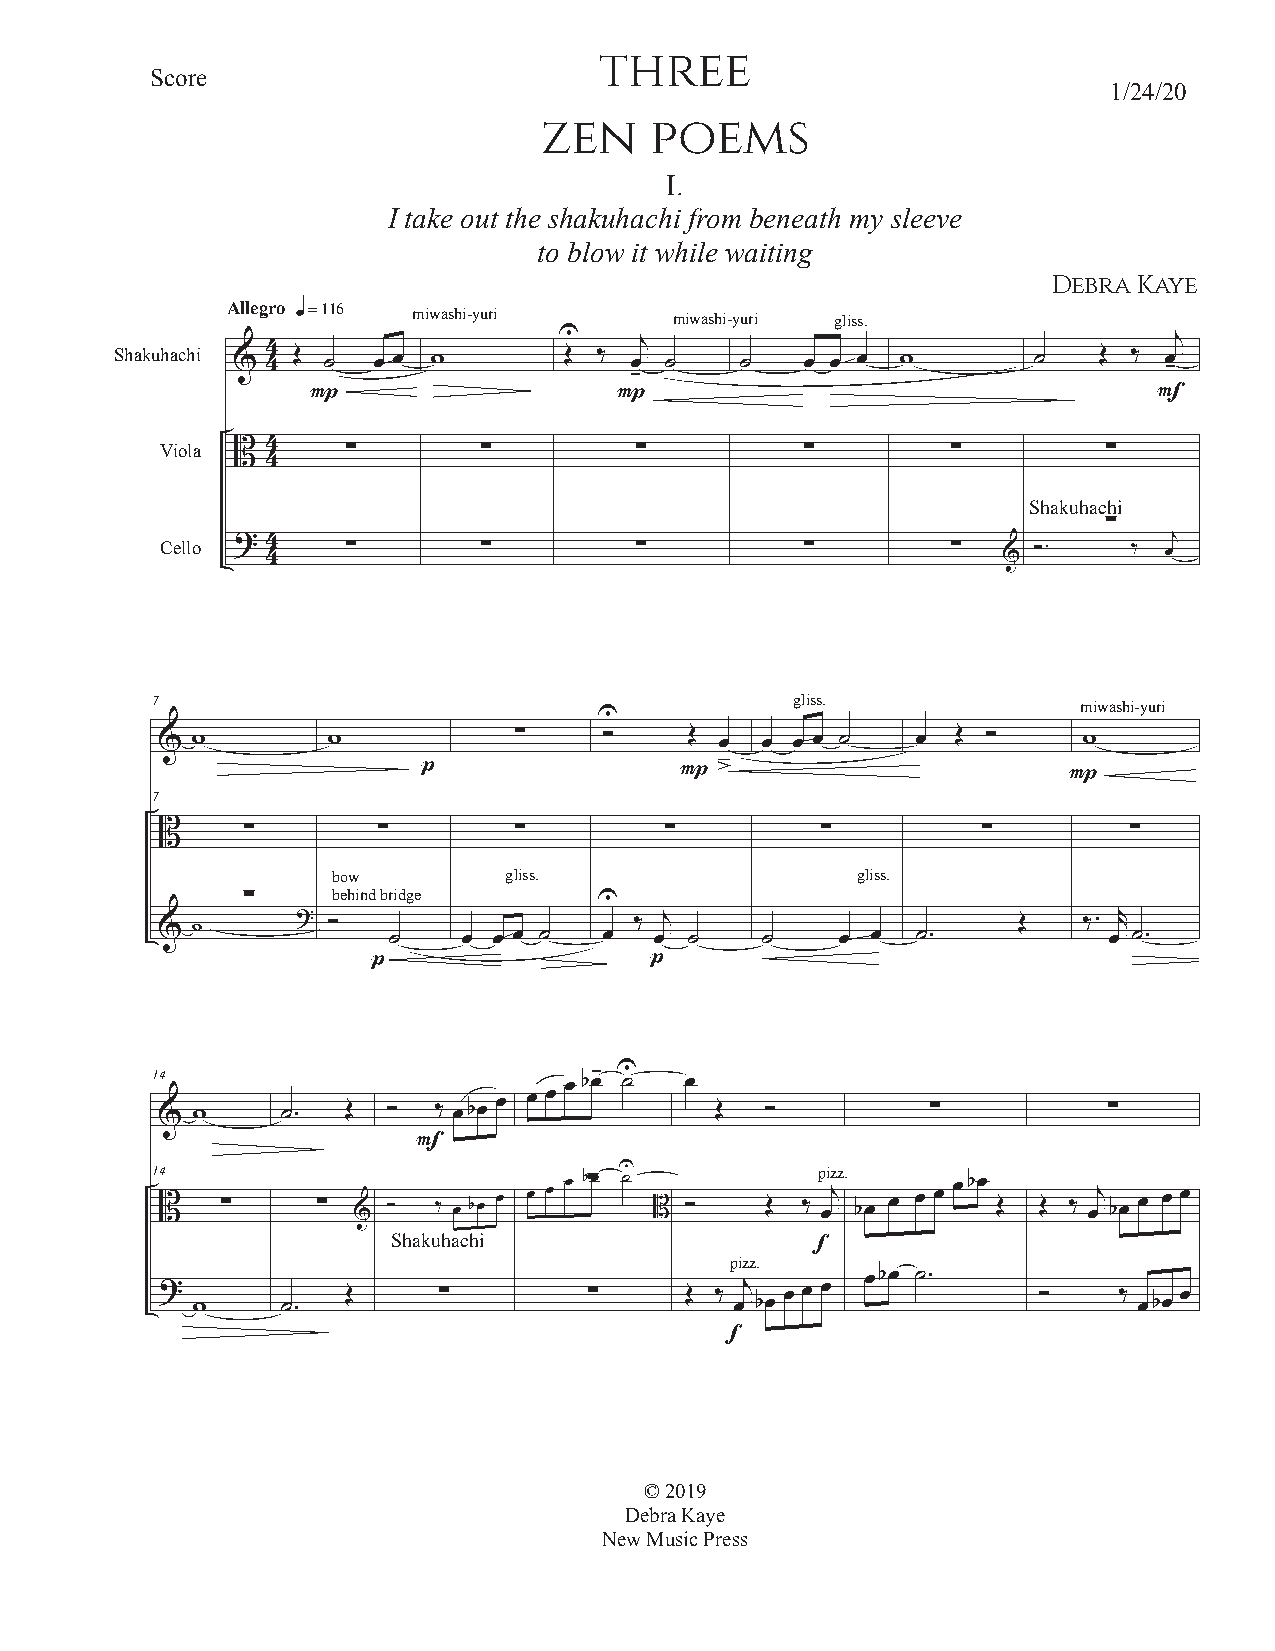
three
 Score
 1/24/20
 zen    poems
 I.
 I take out the shakuhachi from beneath my sleeve
 to blow it while waiting
 Debra Kaye
 Allegro
 miwashi-yuri      miwashi-yuri gliss.
 q = 116
 Shakuhachi 4                 U    j                                   j
 &  4 Œ ˙  œ œ w       Œ ‰  œ ˙    ˙   œ œ œ  w       ˙    Œ ‰ œ -
 -
 P                   P                                   F
 Viola  4
 B       ∑        ∑         ∑          ∑         ∑         ∑
 4
 Shakuhachi
 ∑
 Cello ? 44  ∑        ∑         ∑          ∑         ∑
 &
 Ó.     ‰ œj
 7                                          gliss.             miwashi-yuri
 U
 & w        w           ∑     Ó     Œ œ œ  œ œ ˙   œ Œ Ó      w
 p                P  â                      P
 7
 B    ∑        ∑        ∑         ∑         ∑          ∑         ∑
 bow        gliss.                  gliss.
 behind bridge
 ∑                       U
 & w      ? Ó   ˙    œ œ œ ˙  œ ‰ œj ˙  ˙     œ œ  ˙.    Œ    ‰. œr ˙.
 p                 p
 14                           - U
 œ bœ ˙  œ
 œ œ œ
 & w     ˙.  Œ  Ó  ‰ œbœ             Œ   Ó          ∑          ∑
 F
 14                             U            pizz.
 B   ∑     ∑ &  Ó  ‰ œ bœ œ œ œ
 œ b∑œ ˙
 B Ó     Œ ‰ œj bœ œ œ œ
 œbœ
 Œ  Œ ‰ œj bœ œ œ œ
 Shakuhachi
 f
 pizz.
 œbœ ˙.
 ?           Œ     ∑         ∑     Œ ‰ j  œ œ œ            Ó    ‰   œ
 w     ˙.                            œ bœ                      œbœ
 f
 © 2019
 Debra Kaye
 New Music Press